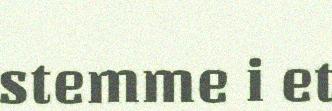
stemme i et